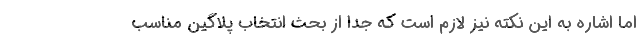
اما اشاره به این نکته نیز لازم است که جدا از بحث انتخاب پلاگین مناسب